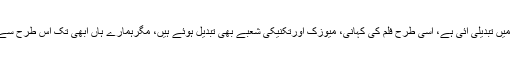
جس طرح فلمسازی کے شعبے میں تبدیلی آئی ہے، اسی طرح فلم کی کہانی، میوزک اورتکنیکی شعبے بھی تبدیل ہوئے ہیں، مگرہمارے ہاں ابھی تک اس طرح سے تبدیلی کوقبول نہیں کیا گیا ہے۔